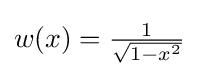
{\textstyle w(x)={\frac {1}{\sqrt {1-x^{2}}}}}